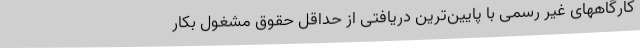
کارگاههای غیر رسمی با پایین‌ترین دریافتی از حداقل حقوق مشغول بکار